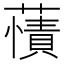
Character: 𧀘